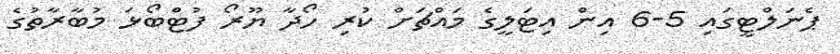
ޕެނަލްޓީގައި 5-6 އިން އިޓަލީގެ މައްޗަށް ކުރި ހޯދާ ޔޫރޯ ފުޓްބޯޅަ މުބާރާތުގެ